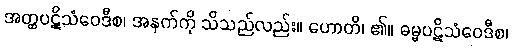
အတ္ထပဋိသံဝေဒီစ၊ အနက်ကို သိသည်လည်း။ ဟောတိ၊ ၏။ ဓမ္မပဋိသံဝေဒီစ၊